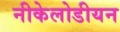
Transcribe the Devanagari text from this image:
नीकेलोडीयन